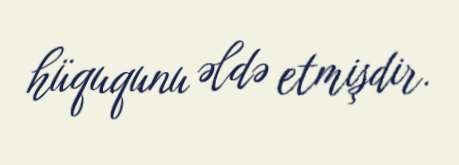
hüququnu əldə etmişdir.